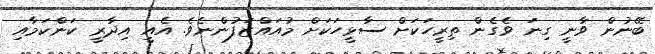
ބޭނުން ވާނީ ގިނަ ވެގެން ތިރީހަކަށް ސާޅީހަކަށް މުއައްޒަފުންނެވެ. އެއީ އިދާރީ ކަންކަމާއި